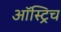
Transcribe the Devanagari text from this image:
ऑस्ट्रिच